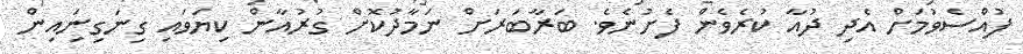
ފުއްސެވުމަށް އެދި ދުއާ ކުރެވެން ފެށުނެވެ. ބަރާބަރަށް ނަމާދުކޮށް ގުރުއާން ކިޔަވައި ގިނަގިނަިއިން